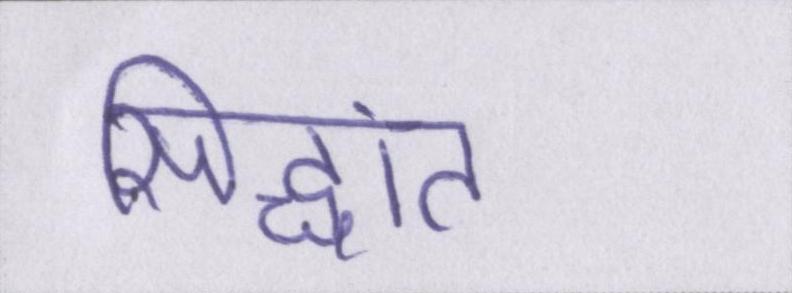
सिद्धांत